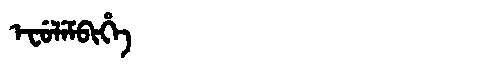
Manchu: ᡝᠸᡠᠯᡝᠮᠪᡳᡥᡝ
Romanization: EFULEMBIHE